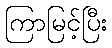
ကြာမြင့်ပြီး